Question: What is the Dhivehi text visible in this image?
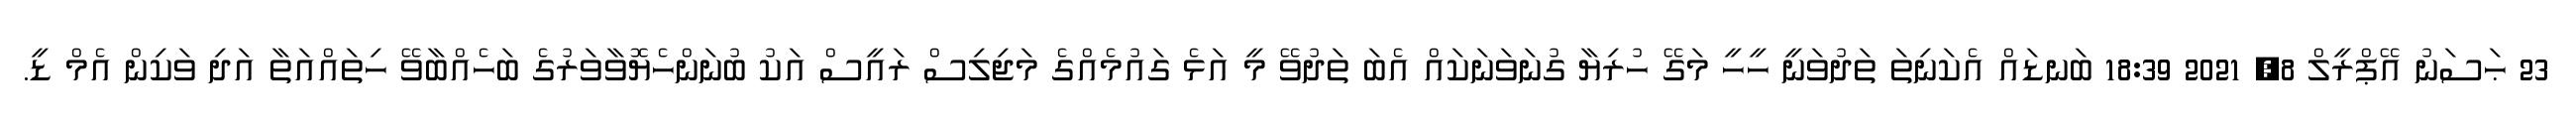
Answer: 23 ޙަސަނު އޭޕްރީލް 8, 2021 18:39 ބަނޑައް އެކަނިތަ ތަދުވަނީ ހީހީ މަގޭ ހުރިޔާ ގުނަވަނަކައް އެބަ ތަދުވޭ މީ އަޅެ ގައުމެއްގެ މަޖިލިސް ރައީސް އަކު ބުނަންހެޔޮވާވަރުގެ ބަހެއްބާވޭ ހިތައްއަތާ އަދި ވަކިން އެމް ޑީ.